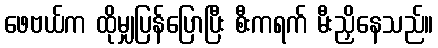
ဖေဗယ်က ထိုမျှပြန်ပြောပြီး စီးကရက် မီးညှိနေသည်။